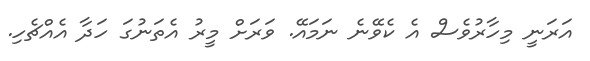
އަރަނީ މިހާރުވެސް އެ ކެވޭނެ ނަމައޭ. ވަރަށް މީރު އެތަނުގަ ހަދާ އެއްޗެހި.